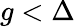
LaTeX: g<\Delta